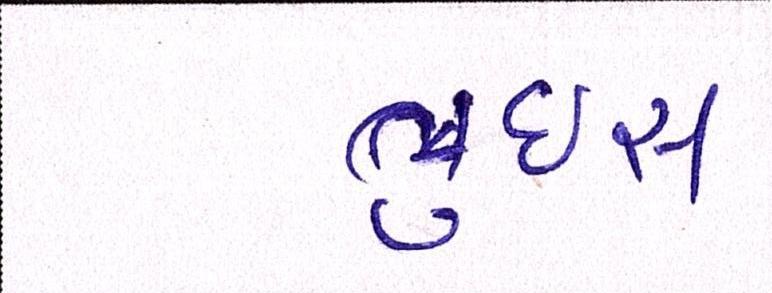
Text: લુઇસ